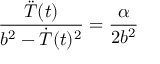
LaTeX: { \frac { \ddot { \cal T } ( t ) } { b ^ { 2 } - \dot { \cal T } ( t ) ^ { 2 } } } = { \frac { \alpha } { 2 b ^ { 2 } } }